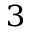
^ 3